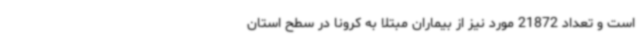
است و تعداد 21872 مورد نیز از بیماران مبتلا به کرونا در سطح استان